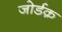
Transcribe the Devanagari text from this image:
जोर्डक़